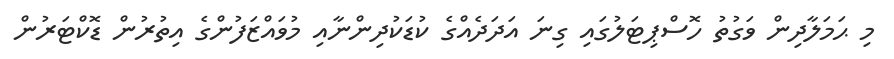
މި ޙަމަލާދިން ވަގުތު ހޮސްޕިޓަލުގައި ގިނަ އަދަދެއްގެ ކުޑަކުދިންނާއި މުވައްޒަފުންގެ އިތުރުން ޑޮކްޓަރުން